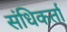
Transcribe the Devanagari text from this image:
संधिकर्ता